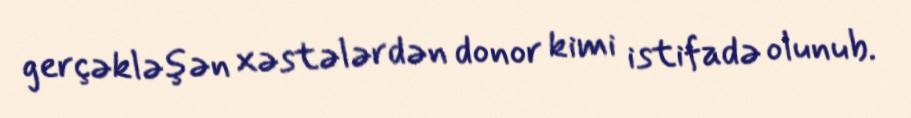
gerçəkləşən xəstələrdən donor kimi istifadə olunub.